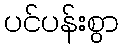
ပင်ပန်းစွာ